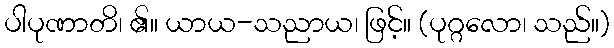
ပါပုဏာတိ၊ ၏။ ယာယ-သညာယ၊ ဖြင့်။ (ပုဂ္ဂလော၊ သည်။)